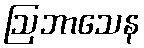
ဩဘာသေန